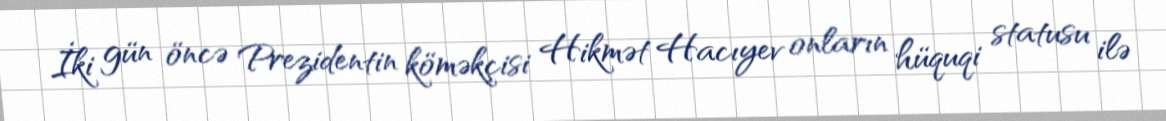
İki gün öncə Prezidentin köməkçisi Hikmət Hacıyev onların hüquqi statusu ilə